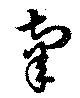
辜